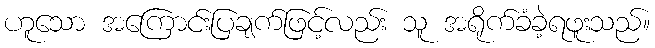
ဟူသော အကြောင်းပြချက်ဖြင့်လည်း သူ အရိုက်ခံခဲ့ရဖူးသည်။